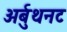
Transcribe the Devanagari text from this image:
अर्बुथनट